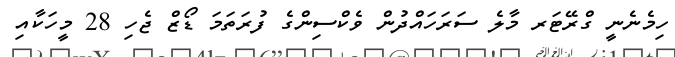
ހިމެނެނީ ގްރޭޓަރ މާލެ ސަރަހައްދުން ވެކްސިންގެ ފުރަތަމަ ޑޯޒް ޖެހި 28 މީހަކާއި